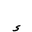
Letter: _hamza